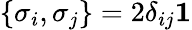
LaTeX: \left\{ \sigma_{i},\sigma_{j}\right\} =2\delta_{ij}{\mathbf 1}